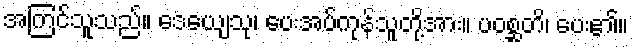
အကြင်သူသည်။ ဒေယျေသု၊ ပေးအပ်ကုန်သူတို့အား။ ပဝစ္ဆတိ၊ ပေး၏။